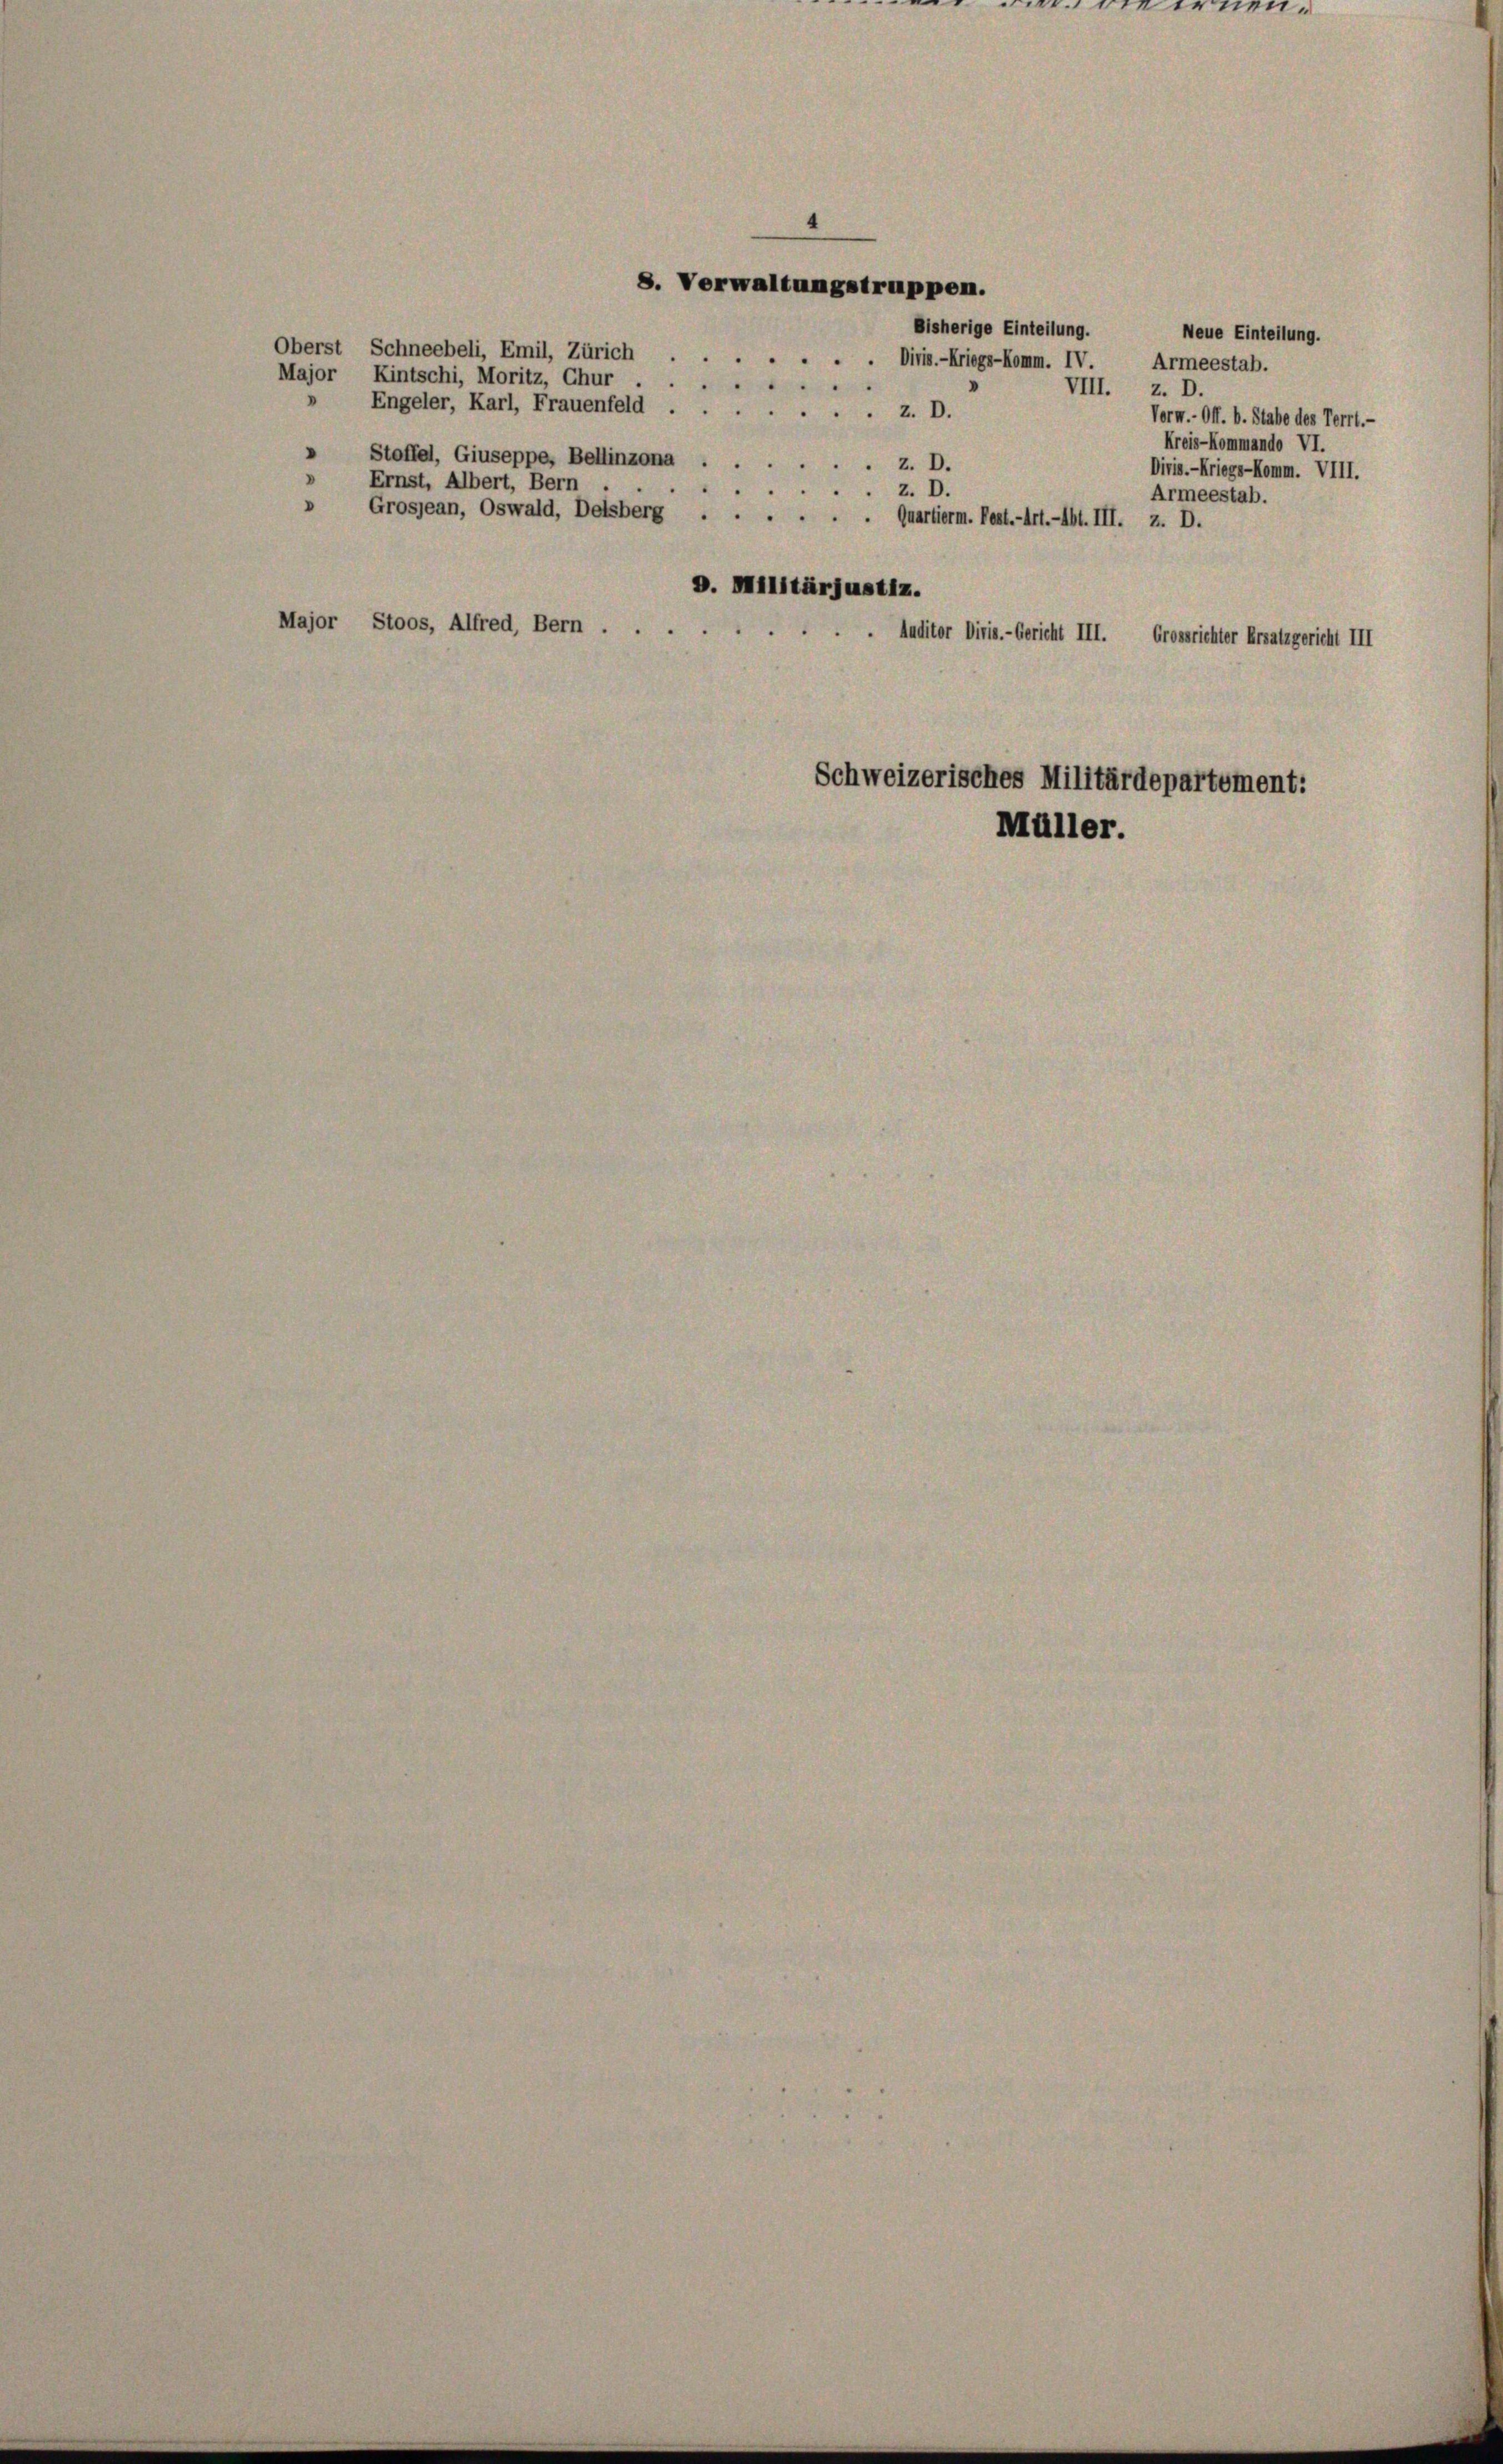
.
Major Stoos, Alfred, Bern ....

Oberst Schneebeli, Emil, Zürich . . . . . . . Divis.-Kriegs-Komm. IV. Armeestab.
Major Kintschi, Moritz, Chur
Engeler, Karl, Frauenfeld z. D.
Stoffel, Giuseppe, Bellinzona
Ernst, Albert, Bern .

4
8. Verwaltungstruppen.

z. D.
z. D.
Grosjean, Oswald, Delsberg . . . . . . Quartierm. Post.-Arl.-Abt. III. z. D.

"
D. Militärjustiz.

Bisherige Einteilung.

Neue Einteilung.
VIII. z. B.
Vorm.-Off. b. Stabe des Terrt.-
Kreis-Kommando VI.
Diris.-Kriegs-Komm. VIII.
Armeestab.

Auditor Diria.-Gericht III. Grossrichter Ersatzgericht III

Schweizerisches Militärdepartement:
Müller.

ei